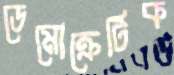
ডেমোক্রেটিক